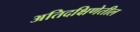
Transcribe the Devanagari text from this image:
अतिदक्षिणेतील